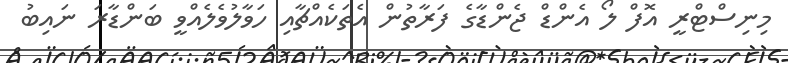
މިނިސްޓްރީ އޮފް ލޯ އެންޑް ޖެންޑާގެ ފަރާތުން އެތަކެއްޗާއި ހަވާލުވެލެއްވީ ބަންޑާރަ ނައިބު